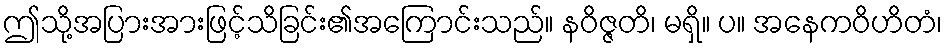
ဤသို့အပြားအားဖြင့်သိခြင်း၏အကြောင်းသည်။ နဝိဇ္ဇတိ၊ မရှိ။ ပ။ အနေကဝိဟိတံ၊